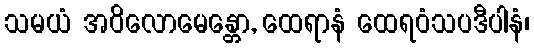
သမယံ အဝိလောမေန္တော, ထေရာနံ ထေရဝံသပဒီပါနံ၊